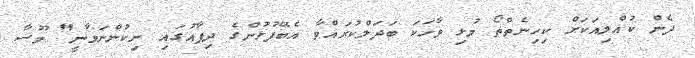
ދެން ކުއްލިއަކަށް ކިހިނެތްތޯ މުޅި ވާހަކަ ބަދަލްކުރައްވާ އެބޭފުޅުންގެ ދިފާއުގައި ނިކުންނަވާނީ" މޫސާ